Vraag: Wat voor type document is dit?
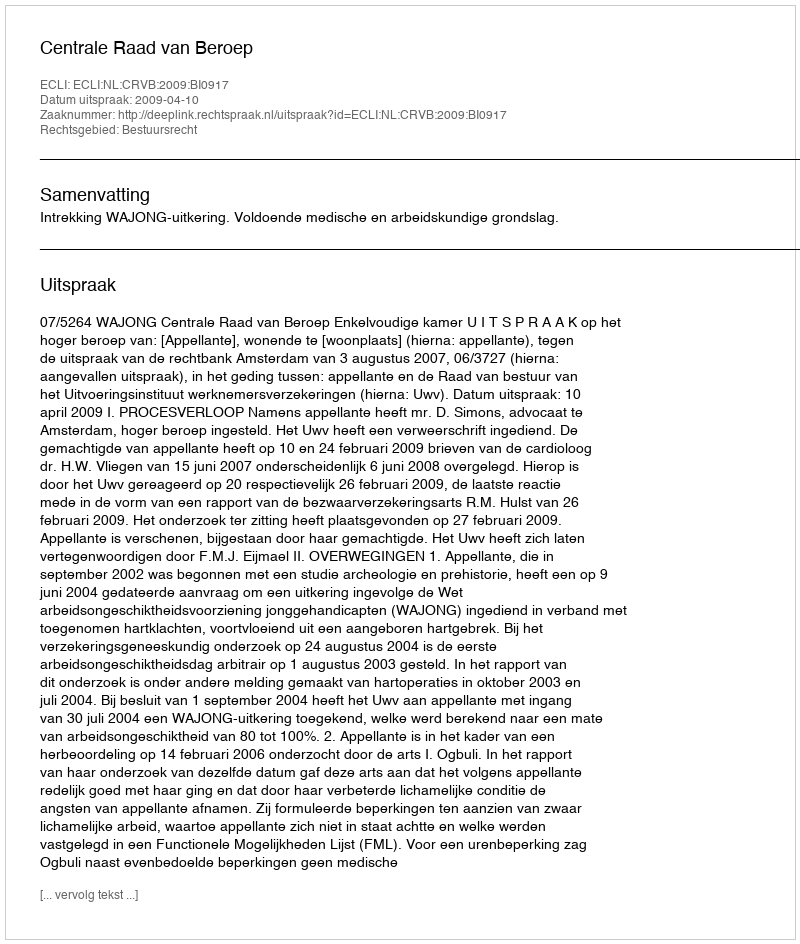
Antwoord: Uitspraak